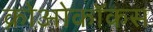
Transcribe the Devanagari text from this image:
क्रोओकॉकस